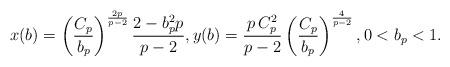
LaTeX: \begin{align*}x(b)&=\left(\frac{C_p}{b_p }\right)^{\frac{2p}{p-2}}\frac{2-b_p ^2 p}{p-2}, y(b)=\frac{p\,C_p^2}{p-2}\left(\frac{C_p}{b_p }\right)^{\frac{4}{p-2}}, 0<b_p<1.\end{align*}